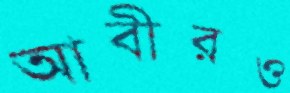
আবীরও